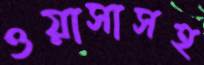
ওয়াসাসহ